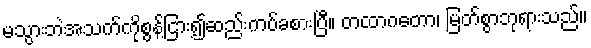
မသွားဘဲအသက်ကိုစွန့်ငြား၍ဆည်းကပ်ခစားပြီ။ တထာဂတော၊ မြတ်စွာဘုရားသည်။